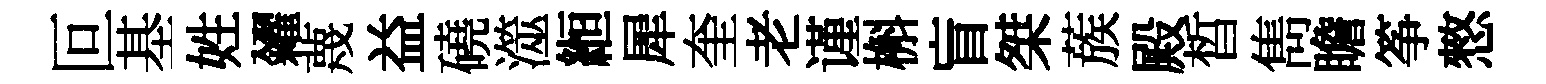
叵基姓糴蔑益磽澨縆犀奎老谨槲盲桀蔟殿晳雋瞻筝憗